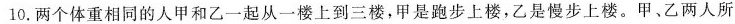
10.两个体重相同的人甲和乙一起从一楼上到三楼，甲是跑步上楼，乙是慢步上楼。甲、乙两人所